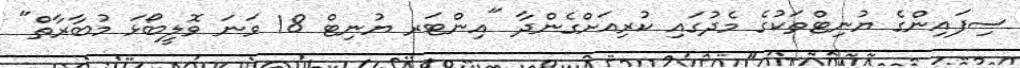
ސިފައިންގެ ޔުނިޓްތަކުގެ މެދުގައި ކުރިއަށްގެންދާ "އިންޓަރ ޔުނިޓް 18 ވަނަ ވޮލީބޯޅަ މުބާރާތް"